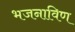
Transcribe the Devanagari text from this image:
भजनाविण